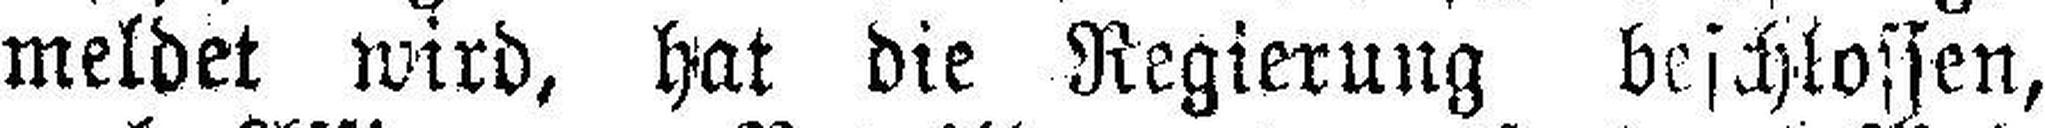
meldet wird, hat die Regierung beschlossen,